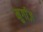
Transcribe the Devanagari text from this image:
मुर्गाज़